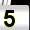
Digit: 5